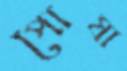
পোষা